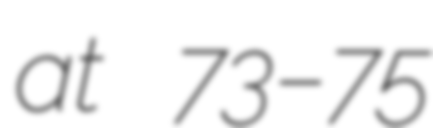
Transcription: at 73–75